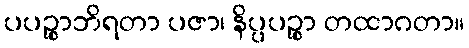
ပပဉ္စာဘိရတာ ပဇာ၊ နိပ္ပပဉ္စာ တထာဂတာ။